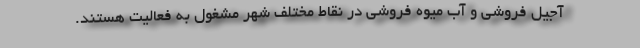
آجیل فروشی و آب میوه فروشی در نقاط مختلف شهر مشغول به فعالیت هستند.